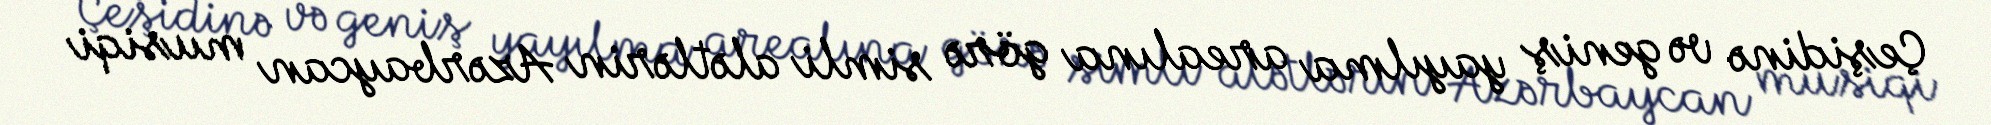
Çeşidinə və geniş yayılma arealına görə simli alətlərin Azərbaycan musiqi